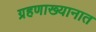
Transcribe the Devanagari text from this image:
ग्रहणाख्यानात